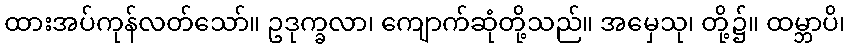
ထားအပ်ကုန်လတ်သော်။ ဥဒုက္ခလာ၊ ကျောက်ဆုံတို့သည်။ အမှေသု၊ တို့၌။ ထမ္ဘာပိ၊